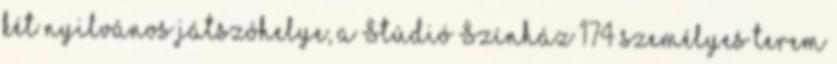
két nyilvános játszóhelye, a Stúdió Színház 174 személyes terem